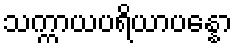
သက္ကာယပရိယာပန္နော